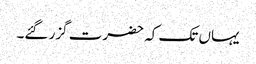
یہاں تک کہ حضرت گزر گئے۔